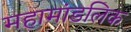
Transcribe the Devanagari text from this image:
महामांडलिक